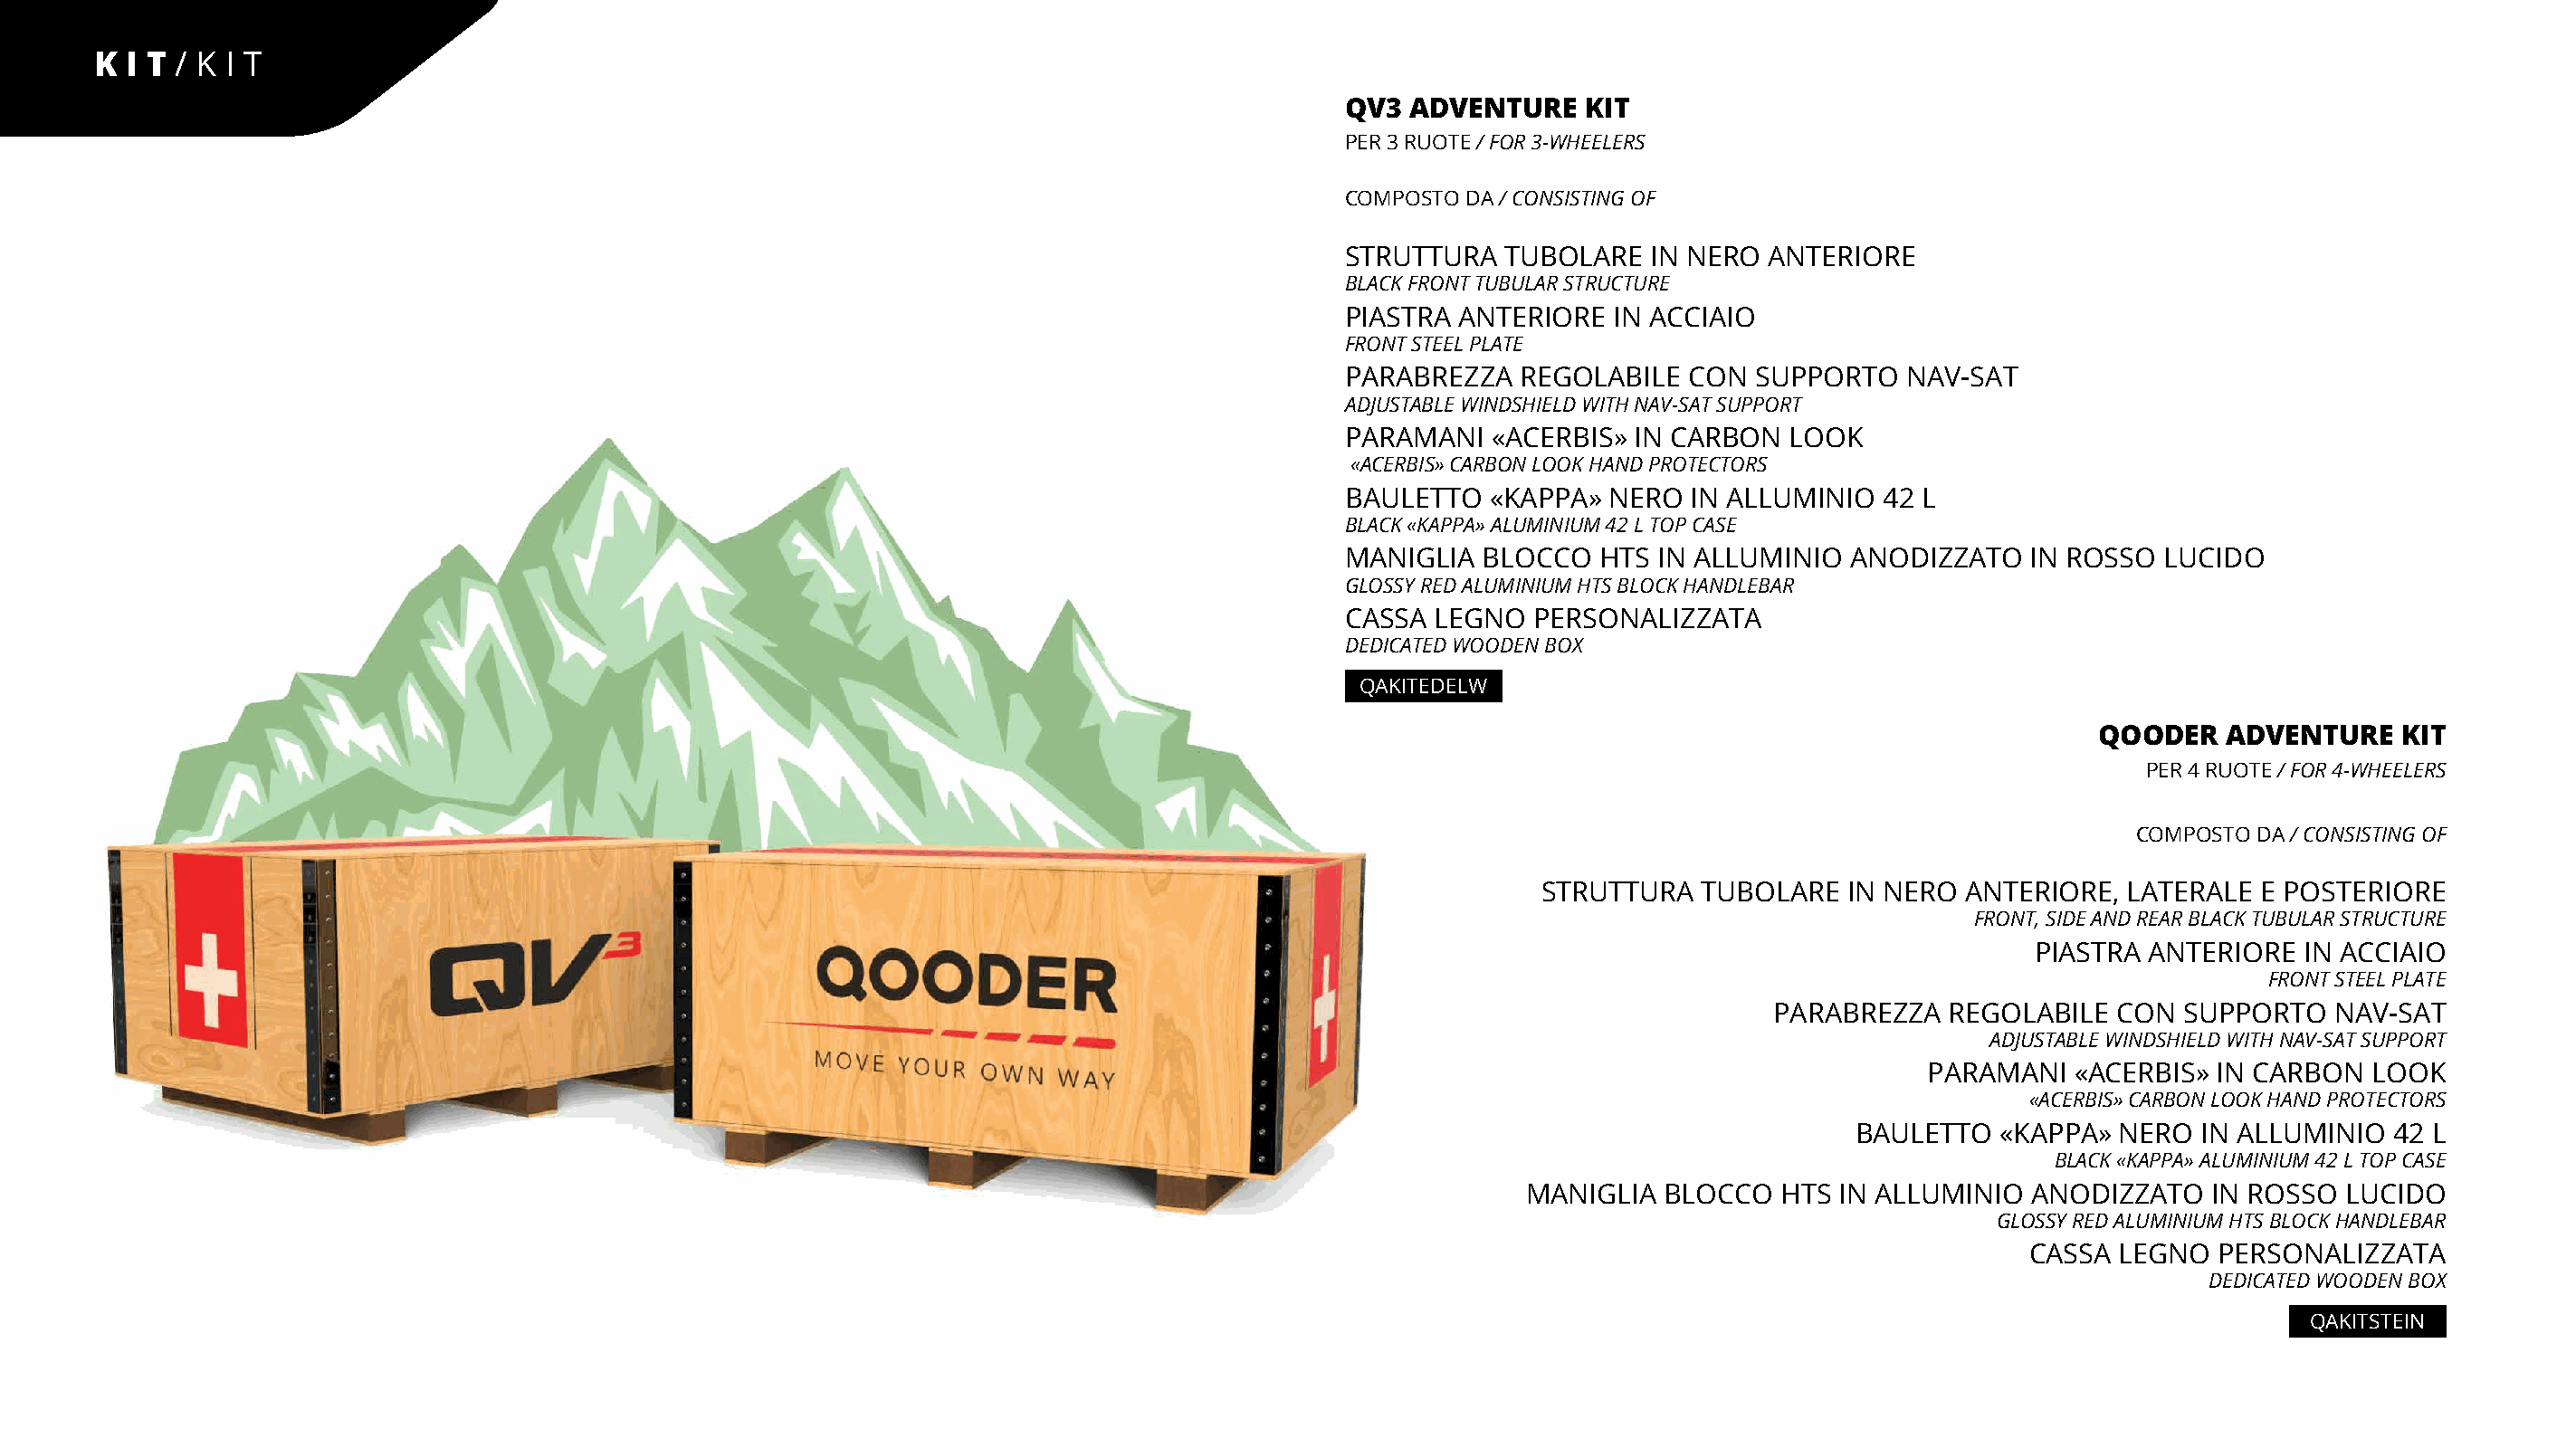
K I T/ K I T
 QV3  ADVENTURE    KIT
 PER 3 RUOTE / FOR 3-WHEELERS
 COMPOSTO DA / CONSISTING OF
 STRUTTURA   TUBOLARE   IN NERO ANTERIORE
 BLACK FRONT TUBULAR STRUCTURE
 PIASTRA  ANTERIORE  IN ACCIAIO
 FRONT STEEL PLATE
 PARABREZZA   REGOLABILE  CON  SUPPORTO   NAV-SAT
 ADJUSTABLE WINDSHIELD WITH NAV-SAT SUPPORT
 PARAMANI   «ACERBIS»  IN CARBON  LOOK
 «ACERBIS» CARBON LOOK HAND PROTECTORS
 BAULETTO   «KAPPA»  NERO  IN ALLUMINIO  42 L
 BLACK «KAPPA» ALUMINIUM 42 L TOP CASE
 MANIGLIA  BLOCCO   HTS IN ALLUMINIO  ANODIZZATO    IN ROSSO LUCIDO
 GLOSSY RED ALUMINIUM HTS BLOCK HANDLEBAR
 CASSA  LEGNO  PERSONALIZZATA
 DEDICATED WOODEN BOX
 QAKITEDELW
 QOODER    ADVENTURE    KIT
 PER 4 RUOTE / FOR 4-WHEELERS
 COMPOSTO DA / CONSISTING OF
 STRUTTURA  TUBOLARE   IN NERO  ANTERIORE,  LATERALE E POSTERIORE
 FRONT, SIDE AND REAR BLACK TUBULAR STRUCTURE
 PIASTRA ANTERIORE  IN ACCIAIO
 FRONT STEEL PLATE
 PARABREZZA   REGOLABILE  CON  SUPPORTO   NAV-SAT
 ADJUSTABLE WINDSHIELD WITH NAV-SAT SUPPORT
 PARAMANI   «ACERBIS» IN CARBON  LOOK
 «ACERBIS» CARBON LOOK HAND PROTECTORS
 BAULETTO  «KAPPA»  NERO  IN ALLUMINIO  42 L
 BLACK «KAPPA» ALUMINIUM 42 L TOP CASE
 MANIGLIA  BLOCCO  HTS  IN ALLUMINIO  ANODIZZATO   IN ROSSO  LUCIDO
 GLOSSY RED ALUMINIUM HTS BLOCK HANDLEBAR
 CASSA  LEGNO  PERSONALIZZATA
 DEDICATED WOODEN BOX
 QAKITSTEIN